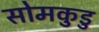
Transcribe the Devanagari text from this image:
सोमकुडु